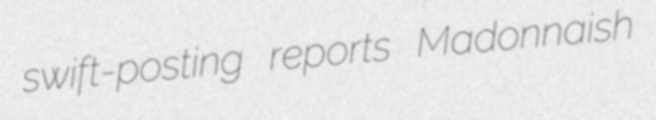
swift-posting reports Madonnaish